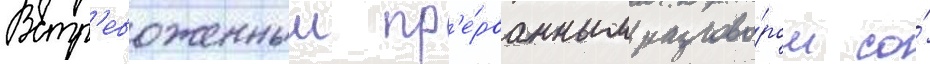
Встр'евоженныи пр'е́рванным разгово́ром со́